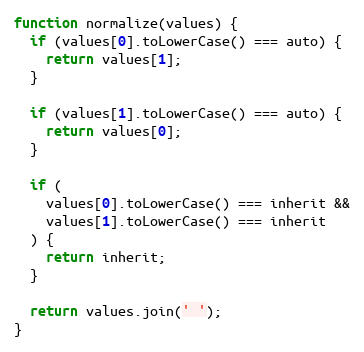
Language: JavaScript
function normalize(values) {
  if (values[0].toLowerCase() === auto) {
    return values[1];
  }

  if (values[1].toLowerCase() === auto) {
    return values[0];
  }

  if (
    values[0].toLowerCase() === inherit &&
    values[1].toLowerCase() === inherit
  ) {
    return inherit;
  }

  return values.join(' ');
}